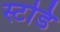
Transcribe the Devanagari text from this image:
स्टडि